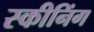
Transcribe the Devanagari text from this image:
स्कीनिंग